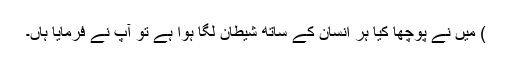
) مَیں نے پوچھا کیا ہر انسان کے ساتھ شیطان لگا ہوا ہے تو آپؐ نے فرمایا ہاں۔